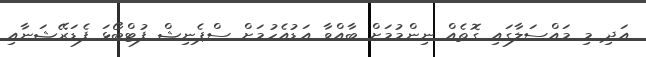
އަދި މި މައްސަލާގައި ގޮތެއް ނިންމުމަށް ބާއްވާ އަޑުއެހުމަށް ސްޕެނިޝް ފުޓްބޯޅަ ފެޑަރޭޝަނާއި